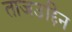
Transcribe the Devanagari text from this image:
ताजउद्दिन